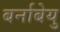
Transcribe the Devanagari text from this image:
बर्नाबेयु